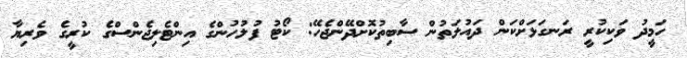
ހަމީދު ވަކިކުރީ ރަނގަޅަށްކަން ދައުލަތުން ސާބިތުކޮށްދޭންޖެހޭ: ކޯޓު ފުލުހުންގެ އިންޓެލިޖެންސްގެ ކުރީގެ ވެރިޔާ